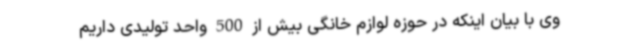
وی با بیان اینکه در حوزه لوازم خانگی بیش از 500 واحد تولیدی داریم